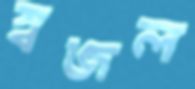
স্বজল